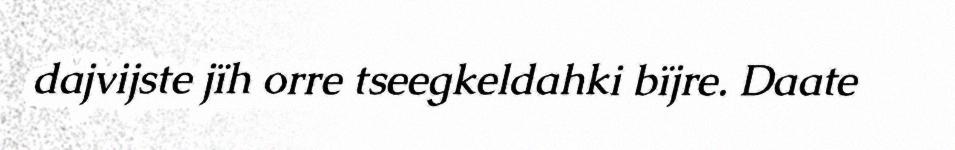
dajvijste jïh orre tseegkeldahki bïjre. Daate